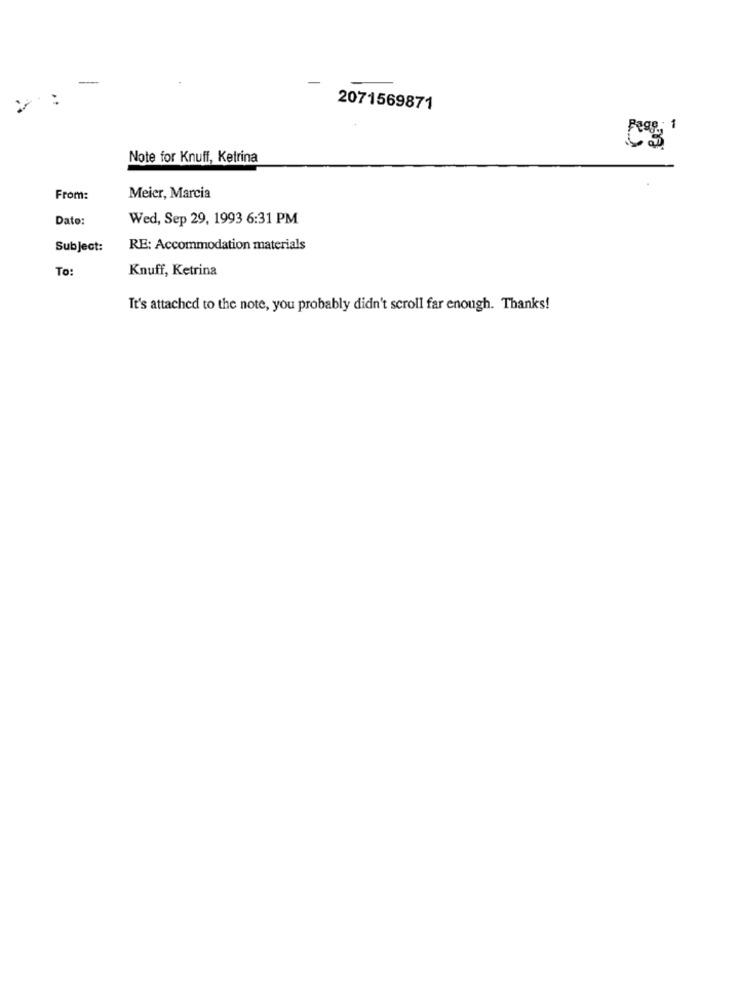
2071569871
Fegg; 1
Note for Knuff, Ketrina
From:
Meier, Marcia
Date:
Wed, Sep 29, 1993 6:31 PM
Subject:
RE: Accommodation materials
To:
Knuff, Ketrina
It's attached to the note, you probably didn't scroll far enough. Thanks!